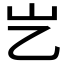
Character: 𡴯